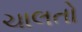
ચાલતો